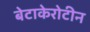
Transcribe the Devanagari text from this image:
बेटाकेरोटीन